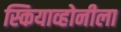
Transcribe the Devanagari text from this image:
स्कियाव्होनीला